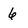
Character: 6